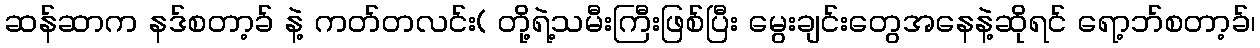
ဆန်ဆာက နဒ်စတာ့ခ် နဲ့ ကတ်တလင်း( တို့ရဲ့သမီးကြီးဖြစ်ပြီး မွေးချင်းတွေအနေနဲ့ဆိုရင် ရော့ဘ်စတာ့ခ်၊